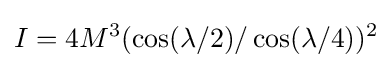
I=4M^{3}(\cos(\lambda /2)/\cos(\lambda /4))^{2}